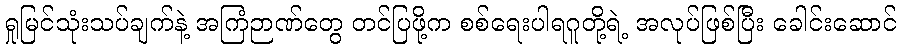
ရှုမြင်သုံးသပ်ချက်နဲ့ အကြံဉာဏ်တွေ တင်ပြဖို့က စစ်ရေးပါရဂူတို့ရဲ့ အလုပ်ဖြစ်ပြီး ခေါင်းဆောင်